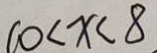
1 0 < x < 8